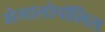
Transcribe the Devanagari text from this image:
मेगालोपॉलिस